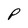
Character: P